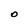
Character: O